Plague in India, 1896, 1897 - Volume 4
Year: 1896
Disease focus: Plague
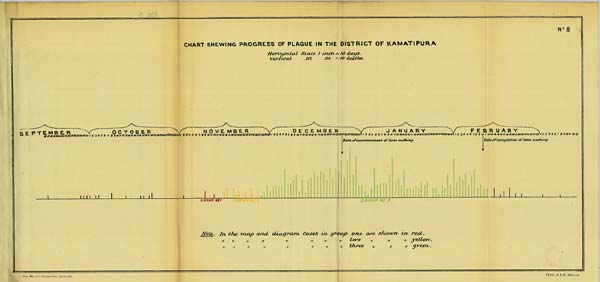
N O 8
CHART SHEWING PROGRESS OF PLAGUE IN THE DISTRICT OF KAMATlPURA
Horizontal Scale 1 inch = 10 days.
Vertical Do. Do. = 10 deaths.
Note. In the map and diagram cases in group one are shown in red.
" " " " " " " " two
"
"
"
yellow.
"
"
"
"
"
"
"
"
three
"
"
"
green.
Reg. No. 594, Home.—Dec. 97.—1,000.
Photo., S. I. O., Calcutta.